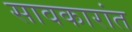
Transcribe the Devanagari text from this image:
सावकारांत